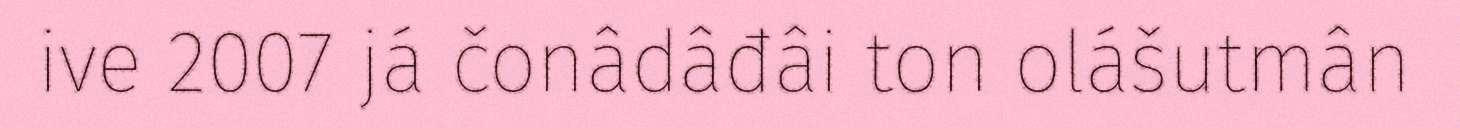
ive 2007 já čonâdâđâi ton olášutmân